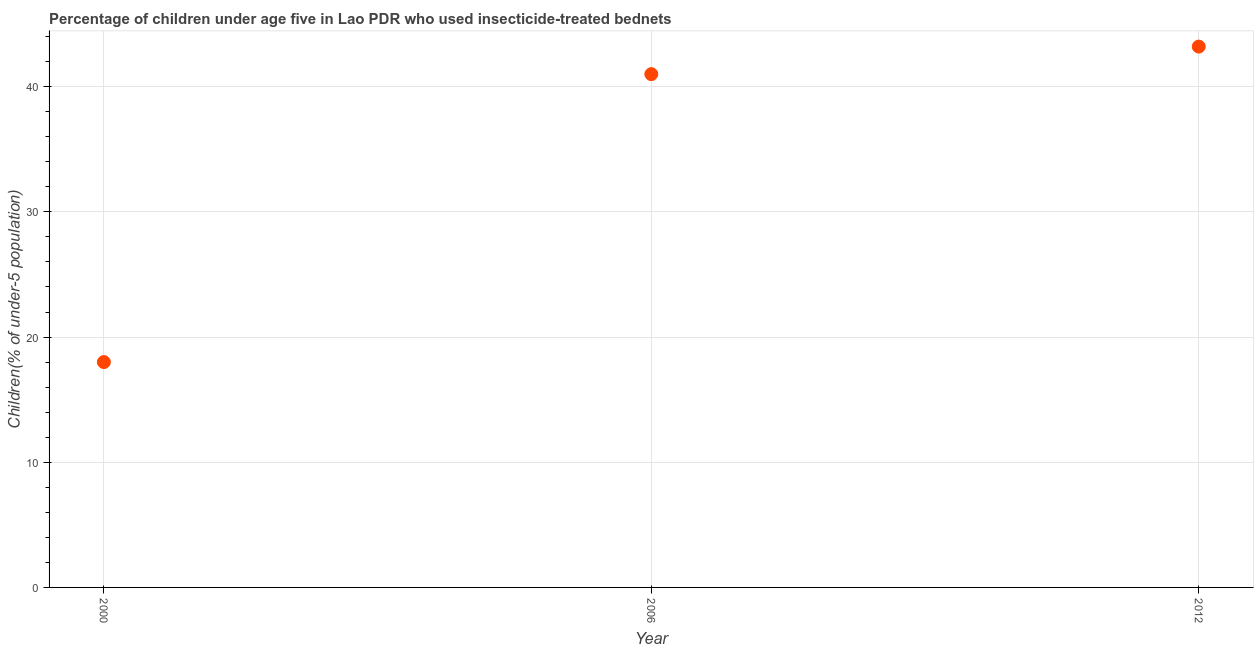
| Year | Use of insecticide-treated bed nets (% of under-5 population) |
 | --- | --- |
 | 2000 | 18 |
 | 2006 | 41 |
 | 2012 | 43.2 |